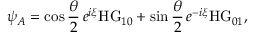
\psi _ { A } = \cos { \frac { \theta } { 2 } } \, e ^ { i \xi } \mathrm { H G } _ { 1 0 } + \sin { \frac { \theta } { 2 } } \, e ^ { - i \xi } \mathrm { H G } _ { 0 1 } ,